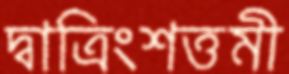
দ্বাত্রিংশত্তমী